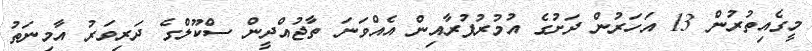
މީގެއިތުރުން 13 އަހަރުން ދަށުގެ އުމުރުފުރާއިން އެއްވަނަ ތާޖުއްދީން ސްކޫލްގެ ދަރިވަރު އާމިނަތު